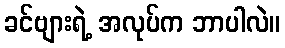
ခင်ဗျားရဲ့ အလုပ်က ဘာပါလဲ။